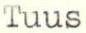
Tuus